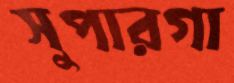
সুপারগা